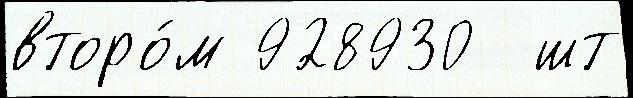
второ́м 928930  шт